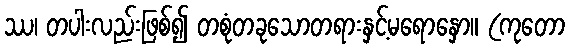
ဿ၊ တပါးလည်းဖြစ်၍ တစုံတခုသောတရားနှင့်မရောနှော။ (ကုတော